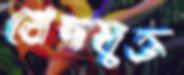
খেদযুক্ত